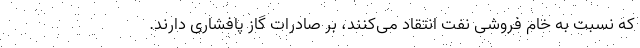
که نسبت به خام فروشی نفت انتقاد می‌کنند، ‌بر صادرات گاز پافشاری دارند.